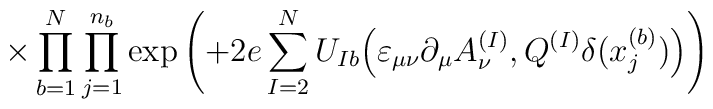
\times \prod_{b=1}^N \prod_{j=1}^{n_b} \exp \left( + 2e \sum_{I=2}^N U_{Ib} \Big( \varepsilon_{\mu \nu} \partial_\mu A_\nu^{(I)},Q^{(I)} \delta(x^{(b)}_j) \Big) \right)